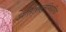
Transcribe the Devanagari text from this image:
अतिरिक्तपिरामिड